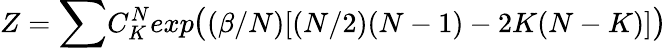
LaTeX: Z={\large\sum}C_{K}^{N}exp{\large(}(\beta/N)[(N/2)(N-1)-2K(N-K)]{\large)}